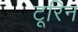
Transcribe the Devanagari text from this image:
टूरिन